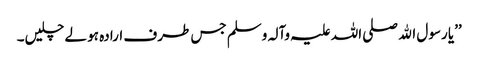
’’یا رسول اﷲ صلی اللہ علیہ وآلہ وسلم جس طرف ارادہ ہو لے چلیں۔